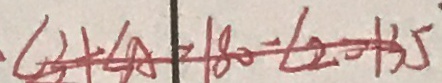
\angle 3 + \angle A = 1 8 0 - \angle 2 = 1 3 5